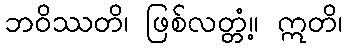
ဘဝိဿတိ၊ ဖြစ်လတ္တံ့။ ဣတိ၊